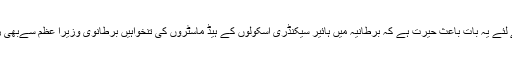
ساری دنیا کے لئے یہ بات باعث حیرت ہے کہ برطانیہ میں ہائیر سیکنڈری اسکولوں کے ہیڈ ماسٹروں کی تنخواہیں برطانوی وزیرا عظم سےبھی زیادہ ہوتی ہیں۔